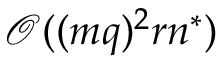
\mathcal { O } ( ( m q ) ^ { 2 } r n ^ { * } )